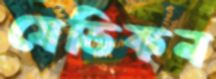
মেডিকন